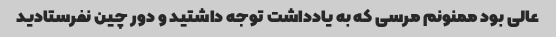
عالی بود ممنونم مرسی که به یادداشت توجه داشتید و دور چین نفرستادید